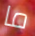
ما